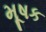
મૂષક